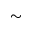
\sim